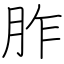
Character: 胙